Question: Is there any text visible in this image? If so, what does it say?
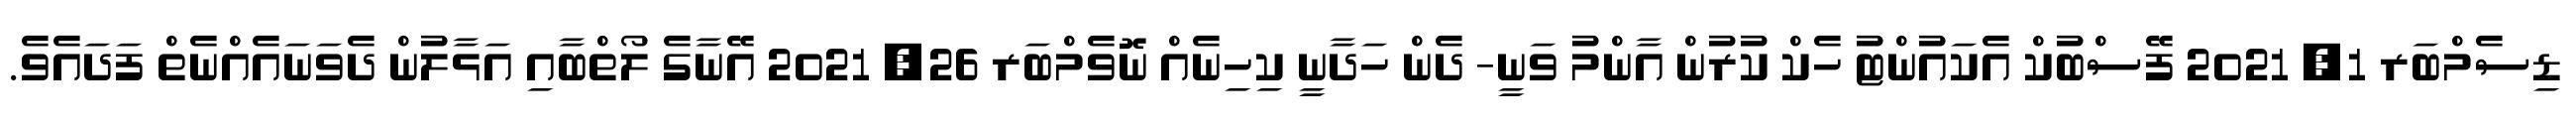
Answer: ޑިސެމްބަރ 1, 2021 ފޭސްބުކް އެކައުންޓު ހެކް ކުރުން އާންމު ވަނީ- ދެން ހަދާނީ ކިހިނެއް ނޮވެމްބަރ 26, 2021 އޭނާގެ ލޯތްބާއި އަޅާލުން ދެވަނައެއްނެތް ފަދައެވެ.